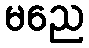
မညေ